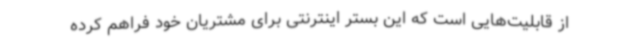
از قابلیت‌هایی است که این بستر اینترنتی برای مشتریان خود فراهم کرده